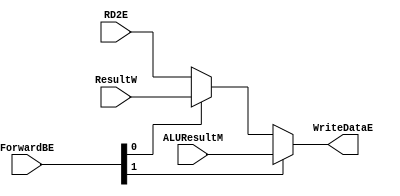
module mux4 #
(
     parameter WIDTH = 8
) (
     input  [WIDTH-1:0] RD2E,
     input  [WIDTH-1:0] ResultW,
     input  [WIDTH-1:0] ALUResultM,
     input  [1:0]       ForwardBE,
     output [WIDTH-1:0] WriteDataE
);
     assign WriteDataE = ForwardBE[1] ? ALUResultM : (ForwardBE[0] ? ResultW : RD2E);
endmodule